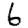
Digit: 6